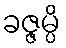
ခဇ္ဇမ္ပိ